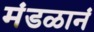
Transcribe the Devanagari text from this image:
मंडळानं